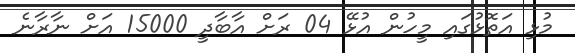
މުޅި އަތޮޅުގައި މީހުން އުޅޭ 04 ރަށް އާބާދީ 15000 އަށް ނާރާނެ